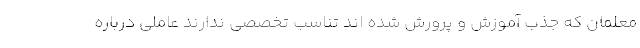
معلمان که جذب آموزش و پرورش شده اند تناسب تخصصی ندارند عاملی درباره